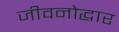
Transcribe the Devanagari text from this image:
जीवनोद्धार